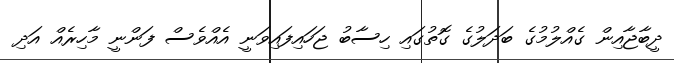
ދީބާޖާއިން ގެއްލުމުގެ ބަދަލުގެ ގޮތުގައި ހިސާބު ޖަހައިފައިވަނީ އެއްވެސް ފަންނީ މާހިރެއް އަދި